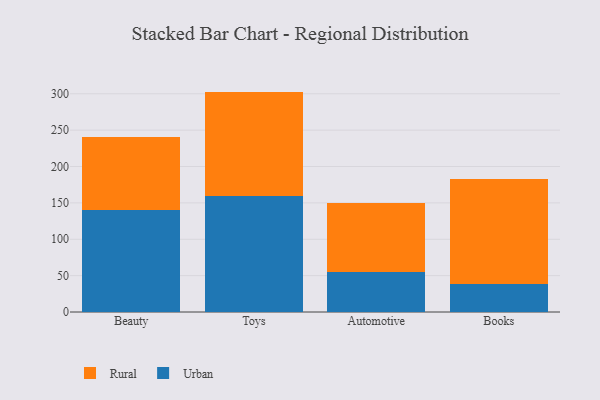
{"axis": {"x": "Category", "y": "Revenue (USD Million)"}, "legend": ["Rural", "Urban"], "data": [{"x": "Beauty", "y": 140.6, "type": "Urban"}, {"x": "Beauty", "y": 100.4, "type": "Rural"}, {"x": "Toys", "y": 159.6, "type": "Urban"}, {"x": "Toys", "y": 143.4, "type": "Rural"}, {"x": "Automotive", "y": 55.5, "type": "Urban"}, {"x": "Automotive", "y": 94.4, "type": "Rural"}, {"x": "Books", "y": 38.8, "type": "Urban"}, {"x": "Books", "y": 144.4, "type": "Rural"}]}